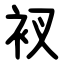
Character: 衩